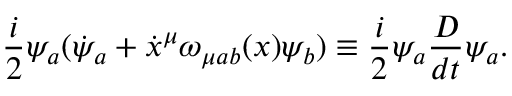
\frac { i } { 2 } \psi _ { a } ( { \dot { \psi } } _ { a } + \dot { x } ^ { \mu } \omega _ { \mu a b } ( x ) \psi _ { b } ) \equiv \frac { i } { 2 } \psi _ { a } \frac { D } { d t } \psi _ { a } .